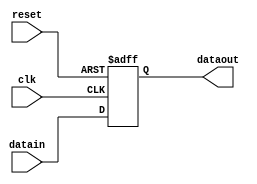
module pipeline_stall_1 #(
  parameter WIDTH = 1,
  parameter DELAY = 1
)(
  input  wire             clk,
  input  wire             reset,
  input  wire [WIDTH-1:0] datain,
  output wire [WIDTH-1:0] dataout
);
  reg [(WIDTH*DELAY)-1:0] dly_datain = 0;
  assign dataout = dly_datain[(WIDTH*DELAY)-1 : WIDTH*(DELAY-1)];
  always @ (posedge clk, posedge reset)
  if (reset) dly_datain <= 0;
  else       dly_datain <= {dly_datain, datain};
endmodule